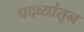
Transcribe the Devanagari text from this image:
पदव्यांतून